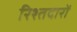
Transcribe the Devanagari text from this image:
रिश्तदारों